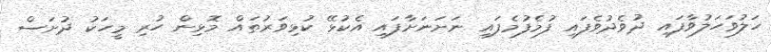
ހަލުވަހަލުވާފައި ދުވެދުވެފައި ފުމެފުމެފައި ނަށަނަށާފައި އެކުޅޭ ކުޅިވަރުތައް މޮޅިން ހުރި މީހަކު ދުށަސް